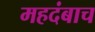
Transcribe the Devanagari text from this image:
महदंबाच